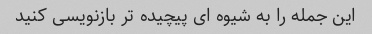
این جمله را به شیوه ای پیچیده تر بازنویسی کنید